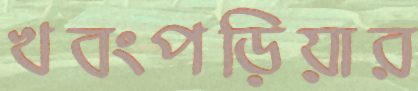
খবংপড়িয়ার